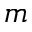
m